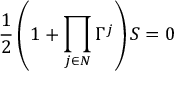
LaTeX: { \frac { 1 } { 2 } } \left( 1 + \prod _ { j \in { \cal N } } \Gamma ^ { j } \right) S = 0